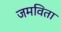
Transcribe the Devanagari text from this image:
जमविता